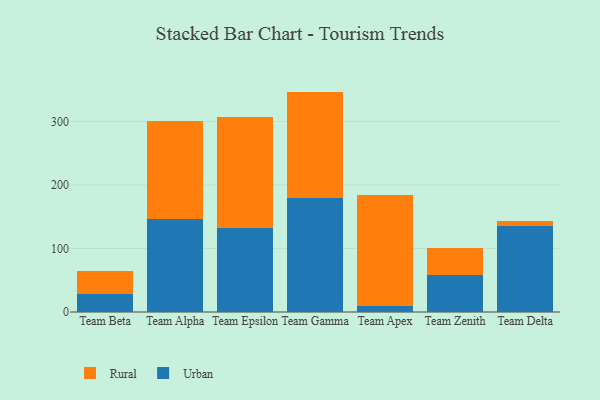
{"axis": {"x": "Team", "y": "LTV (USD)"}, "legend": ["Rural", "Urban"], "data": [{"x": "Team Beta", "y": 28.9, "type": "Urban"}, {"x": "Team Beta", "y": 34.9, "type": "Rural"}, {"x": "Team Alpha", "y": 147.2, "type": "Urban"}, {"x": "Team Alpha", "y": 153.2, "type": "Rural"}, {"x": "Team Epsilon", "y": 132.9, "type": "Urban"}, {"x": "Team Epsilon", "y": 174.6, "type": "Rural"}, {"x": "Team Gamma", "y": 179.9, "type": "Urban"}, {"x": "Team Gamma", "y": 167.2, "type": "Rural"}, {"x": "Team Apex", "y": 9.5, "type": "Urban"}, {"x": "Team Apex", "y": 174.5, "type": "Rural"}, {"x": "Team Zenith", "y": 58.2, "type": "Urban"}, {"x": "Team Zenith", "y": 42.7, "type": "Rural"}, {"x": "Team Delta", "y": 135.9, "type": "Urban"}, {"x": "Team Delta", "y": 7.3, "type": "Rural"}]}